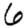
Digit: 6